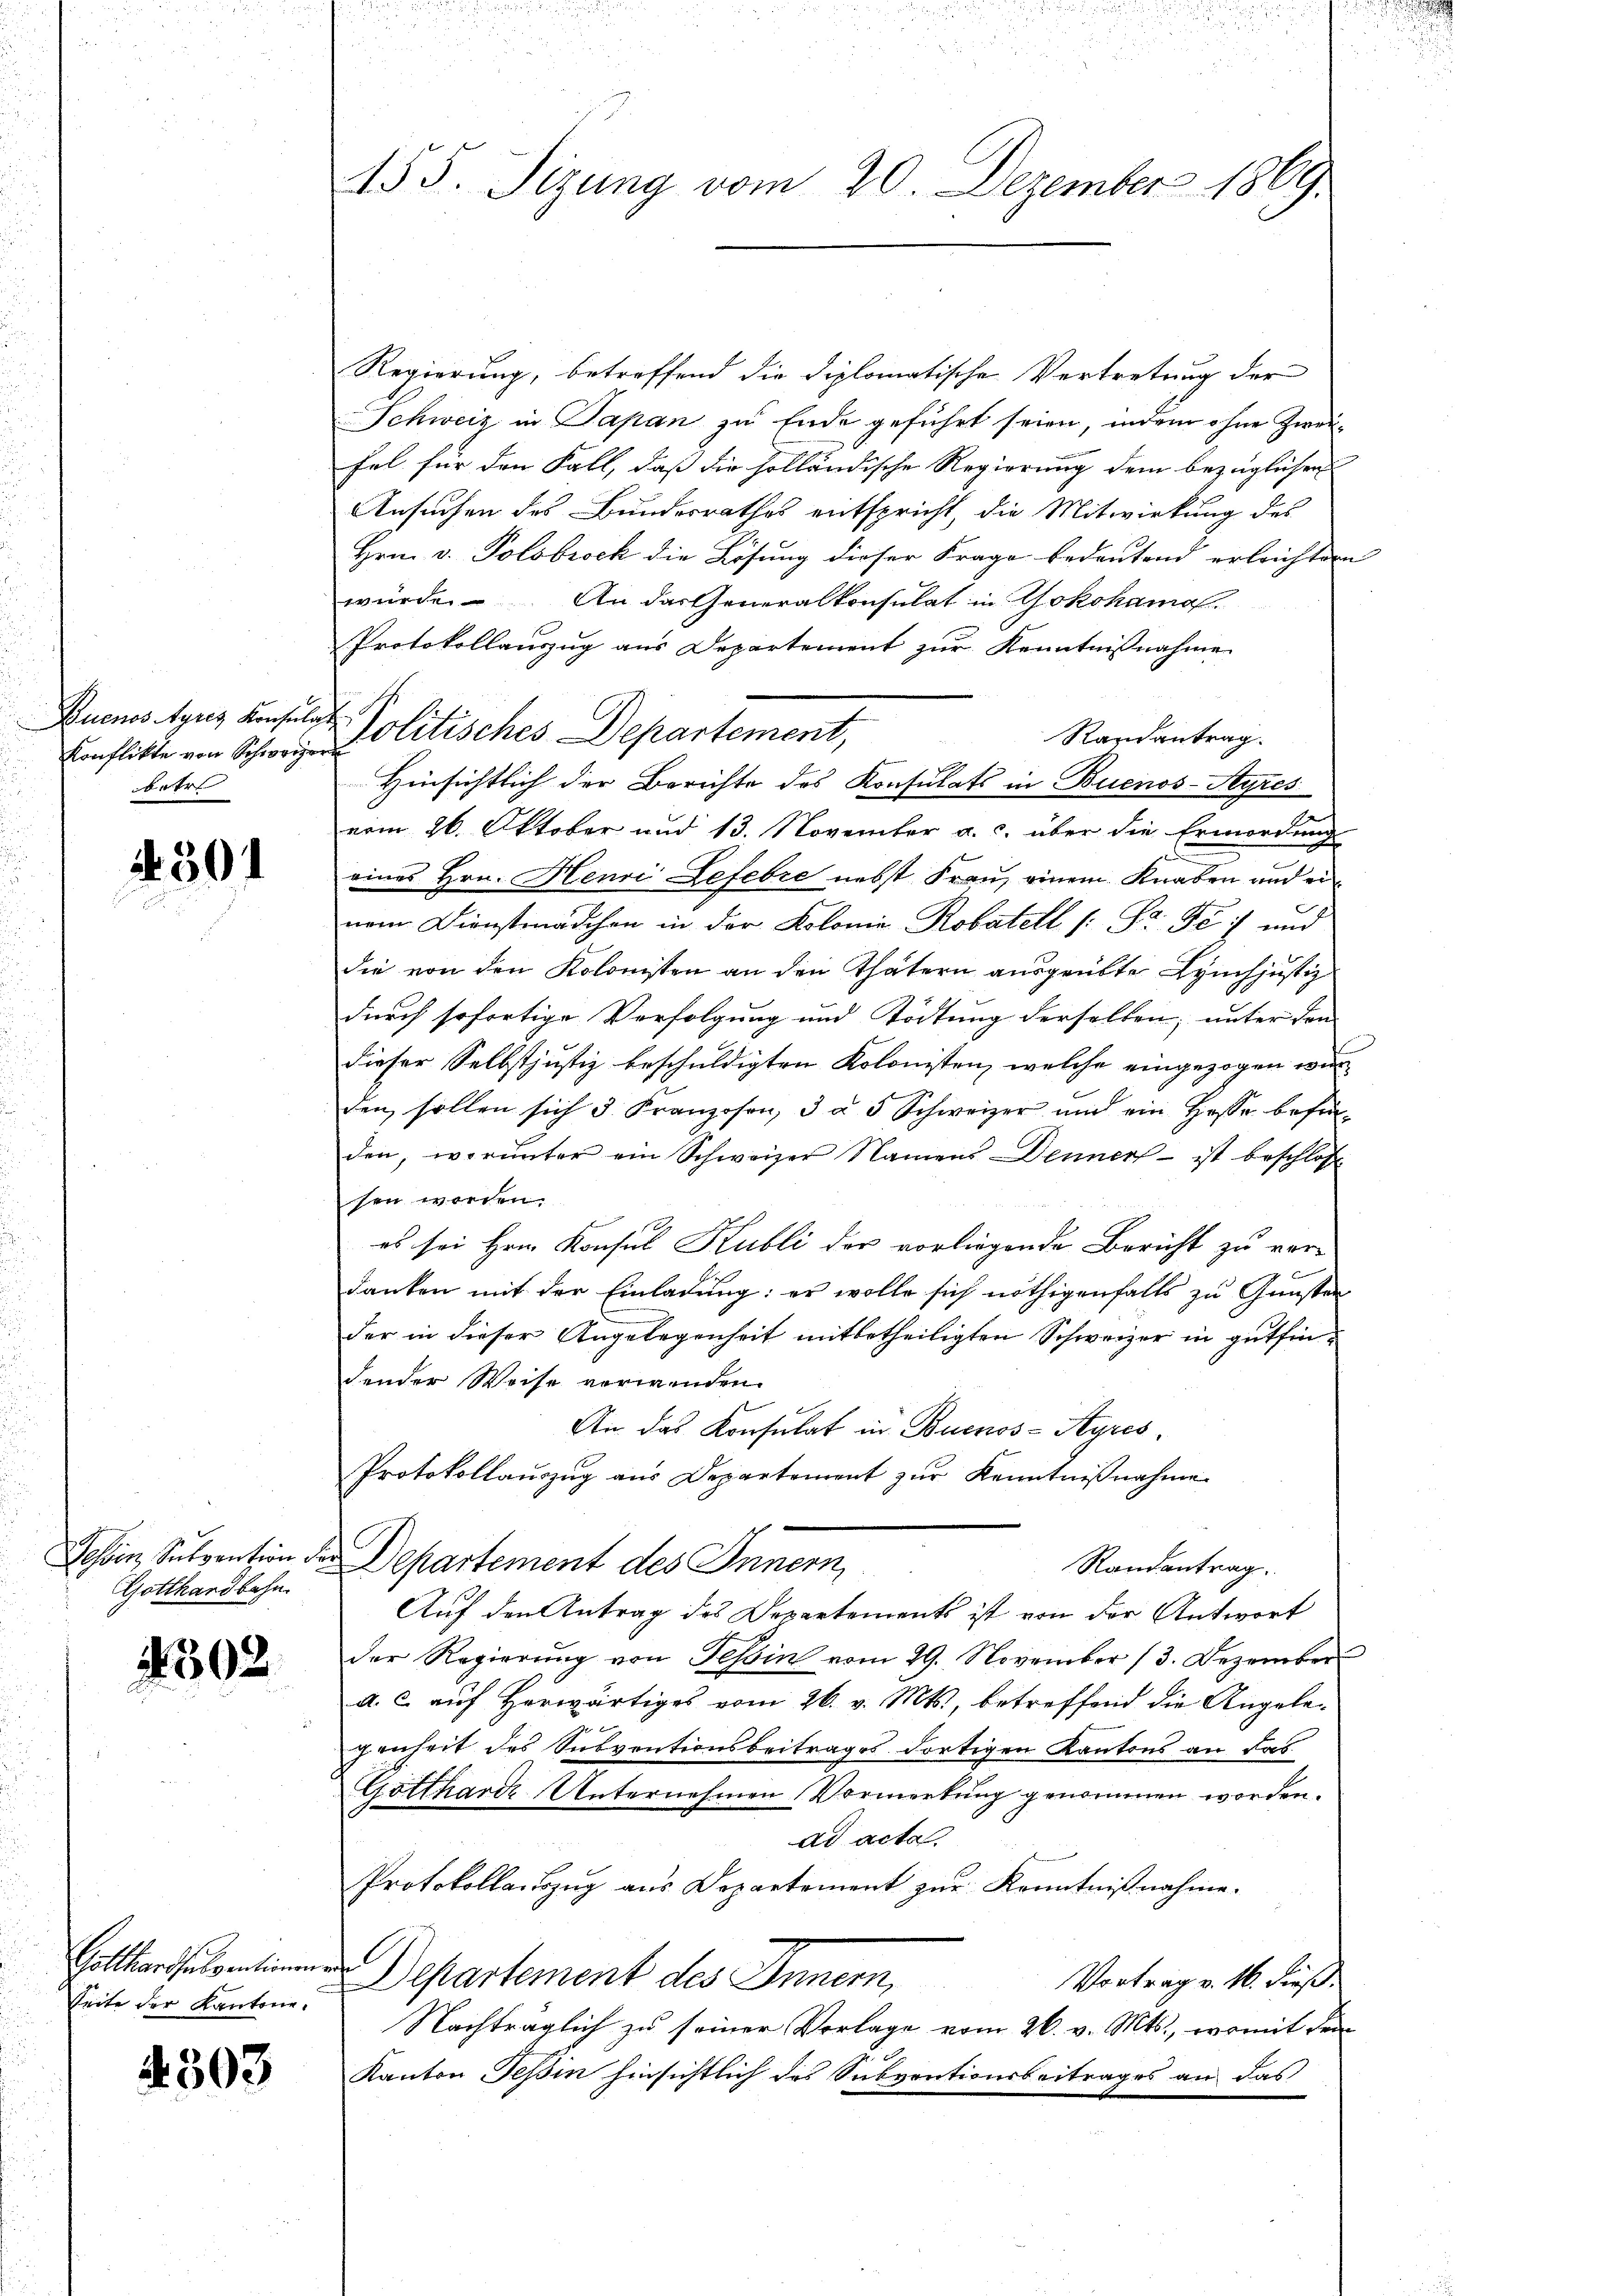
Konflikte von Schwer
betr

4. 301

GGotthardbahn.

4302

Seite der Kantone

4503

155. Sizung vom 20. Dezember 1869.

Regierung, betreffend die diplomatische Vertretung der
Schweiz in Papan zu Ende geführt seien, indem ohne Zweifel für den Fall, daß die holländische Regierung dem bezüglichen
Ansuchen des Bundesrathes entspricht, die Mitwirkung des
Hrn. v. Polsbrock die Lösung dieser Frage bedeutend erleichten
würde. An das Generalkonsulat in Yokohamal
Protokollauszug aus Departement zur Kenntnißnahme
Buenos Ayres Konsula Politisches Departement,
Randantrag.
Hinsichtlich der Berichte des Konsulats in Buenos-Ayres
vom 26. Oktober und 13. November a. c. über die Ermordung
eines Hrn. Henri Lefevre nebst Frau, einem Knaben und einem Dienstmädchen in der Kolonie Robatell (: S Fé; und
die von den Kolonisten an den Thätern aŭsgeübte Lynchjustiz
durch sofortige Verfolgung und Tödtung derselben, unter den |
dieser Selbstjustiz beschuldigten Kolonisten, welche eingezogen wir
den sollen sich 3 Franzosen, 5 à 5 Schweizer und ein Hesse befin-
den, worunter ein Schweizer Namens Denners - ist beschlos
sen worden.
f
es sei Hrn. Konsul Kubli der vorliegende Bericht zu ver-
danken mit der Einladung: er wolle sich nöthigenfalls zu Gunsten
der in dieser Angelegenheit mitbetheiligten Schweizer in gutfindender Weise verwenden.
An das Konsulat in Buenos-Ayres,
Protokollaŭszŭg aŭs Departement zŭr Kenntniβnahme
Tessin, Subvention der Departement des Innern,
Randantrag.
Auf den Antrag des Departements ist von der Antwort
der Regierŭng von Tessin vom 29. November 13. Dezember
a. c. auf Herwärtiges vom 26. v. Mts., betreffend die Angele-
Jenheit des Subventionsbeitrages dortigen Kantons an das
Gotthard Unternehmen Vormerkung genommen worden.
ad acta.
Protokollauszug aus Departement zur Kenntnißnahme.
Goltansent. Departement des Innern,
Vortrag v. 16. dieß.
Nachträglich zu seiner Vorlage vom 26. v. Mts., womit dem
.
Kanton Teßin hinsichtlich des Subventionsbeitrages an das